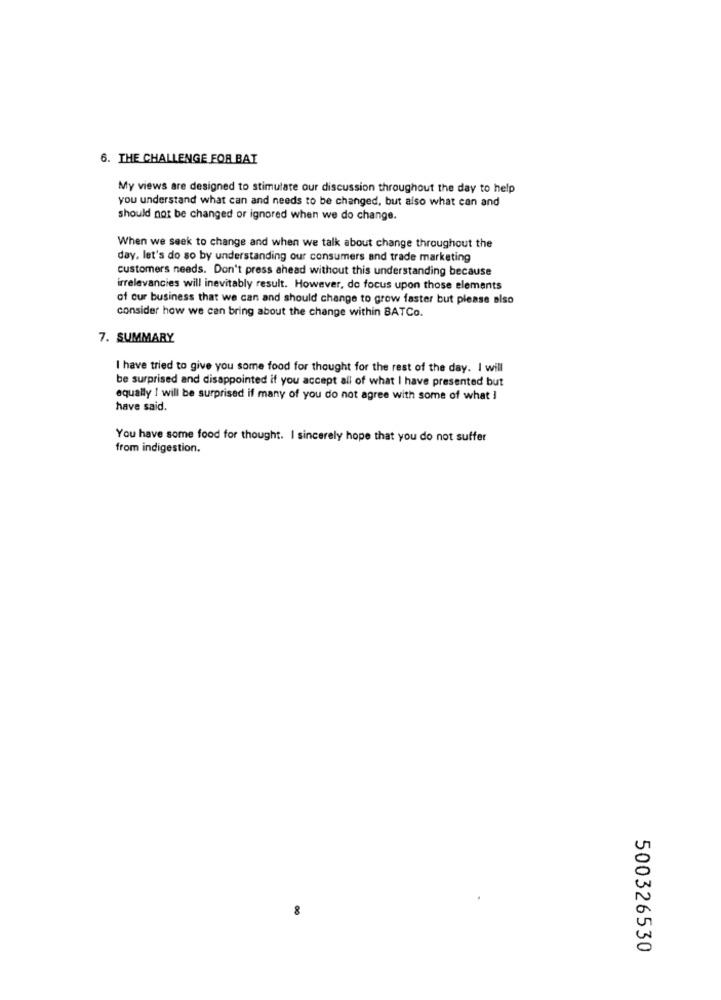
6. THE CHALLENGE FOR BAT
My views are designed to stimulate our discussion throughout the day to help
you understand what can and needs to be changed, but also what can and
should not be changed or ignored when we do change.
When we seek to change and when we talk about change throughout the
day, let's do so by understanding our consumers and trade marketing
customers needs. Don't press ahead without this understanding because
irrelevancies will inevitably result. However, do focus upon those elements
of our business that we can and should change to grow faster but please also
consider how we can bring about the change within BATCo.
7. SUMMARY
I have tried to give you some food for thought for the rest of the day. I will
be surprised and disappointed if you accept all of what I have presented but
equally 1 will be surprised if many of you do not agree with some of what I
have said.
You have some food for thought. I sincerely hope that you do not suffer
from indigestion.
500326530